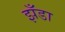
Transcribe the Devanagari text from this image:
झँडा